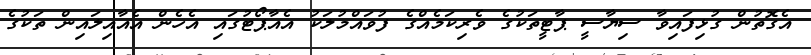
އެގޮތުން ގުޅިފައިވާ ސިޔާސީ ޕާޓީތަކުގެ ވެރިކަމެއްގެ ފުވައްމުލަކު އެއާޕޯޓުގައި އެހެން އެއާއިލައިން ތަކުގެ